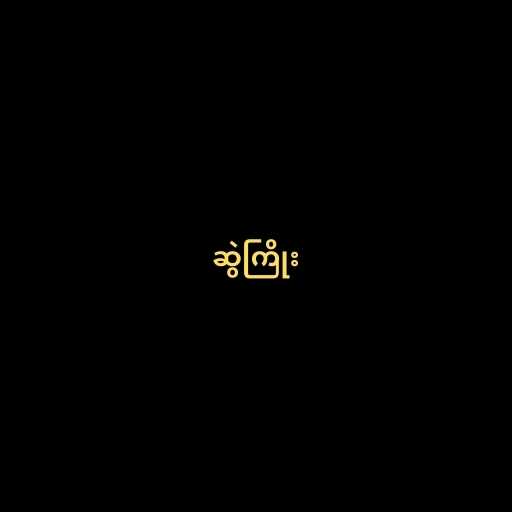
ဆွဲကြိုး